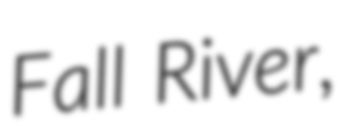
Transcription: Fall River,